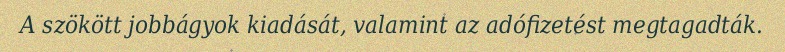
A szökött jobbágyok kiadását, valamint az adófizetést megtagadták.